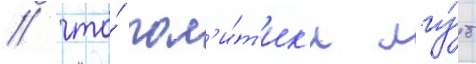
/ что́ пол'и́т'ик'и лгу́т